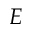
E